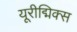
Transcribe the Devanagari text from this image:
यूरीद्मिक्स